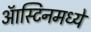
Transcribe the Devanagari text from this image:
ऑस्टिनमध्ये